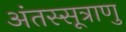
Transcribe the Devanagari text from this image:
अंतस्सूत्राणु